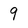
Character: 9